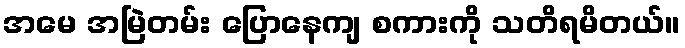
အမေ အမြဲတမ်း ပြောနေကျ စကားကို သတိရမိတယ်။